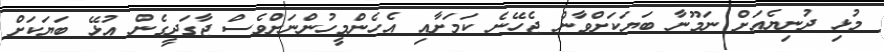
މުޅި ދުނިޔެއަށް ނަމޫނާ ބަޔަކަށްވާން ޖެހޭނެ ކަމަށާއި އެހެންމީހުންނަށްވެސް ޖާގަދީގެން އުޅޭ ބަޔަަކަށް